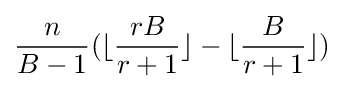
{\frac {n}{B-1}}(\lfloor {\frac {rB}{r+1}}\rfloor -\lfloor {\frac {B}{r+1}}\rfloor )